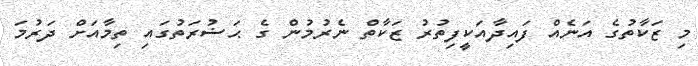
މި ޒަކާތުގެ އަނެއް ފައިދާއަކީފިތުރު ޒަކާތް ނެރުމުން ގެ ޙަޟުރަތުގައި ތިމާއަށް ދަރުމަ